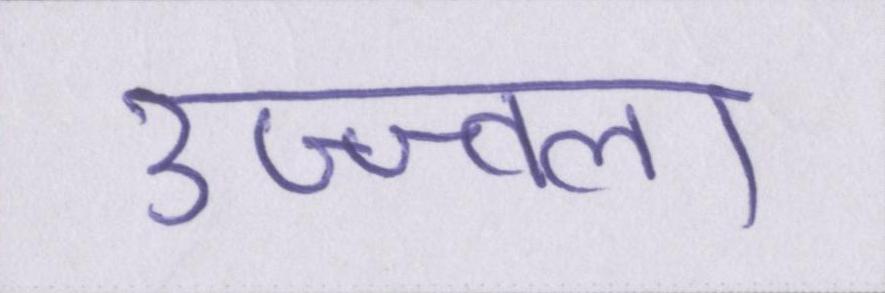
उज्ज्वला